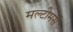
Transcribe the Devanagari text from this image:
मल्टीमर्स